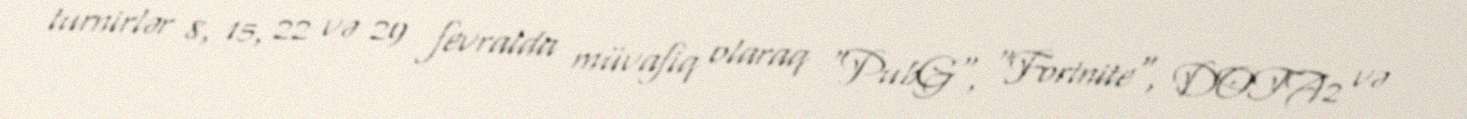
turnirlər 8, 15, 22 və 29 fevralda müvafiq olaraq "PubG", "Fortnite", DOTA2 və